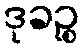
ဒုခဉ္စ